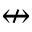
\nleftrightarrow